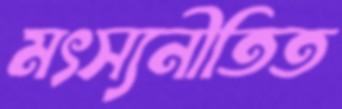
মৎস্যনীতিত